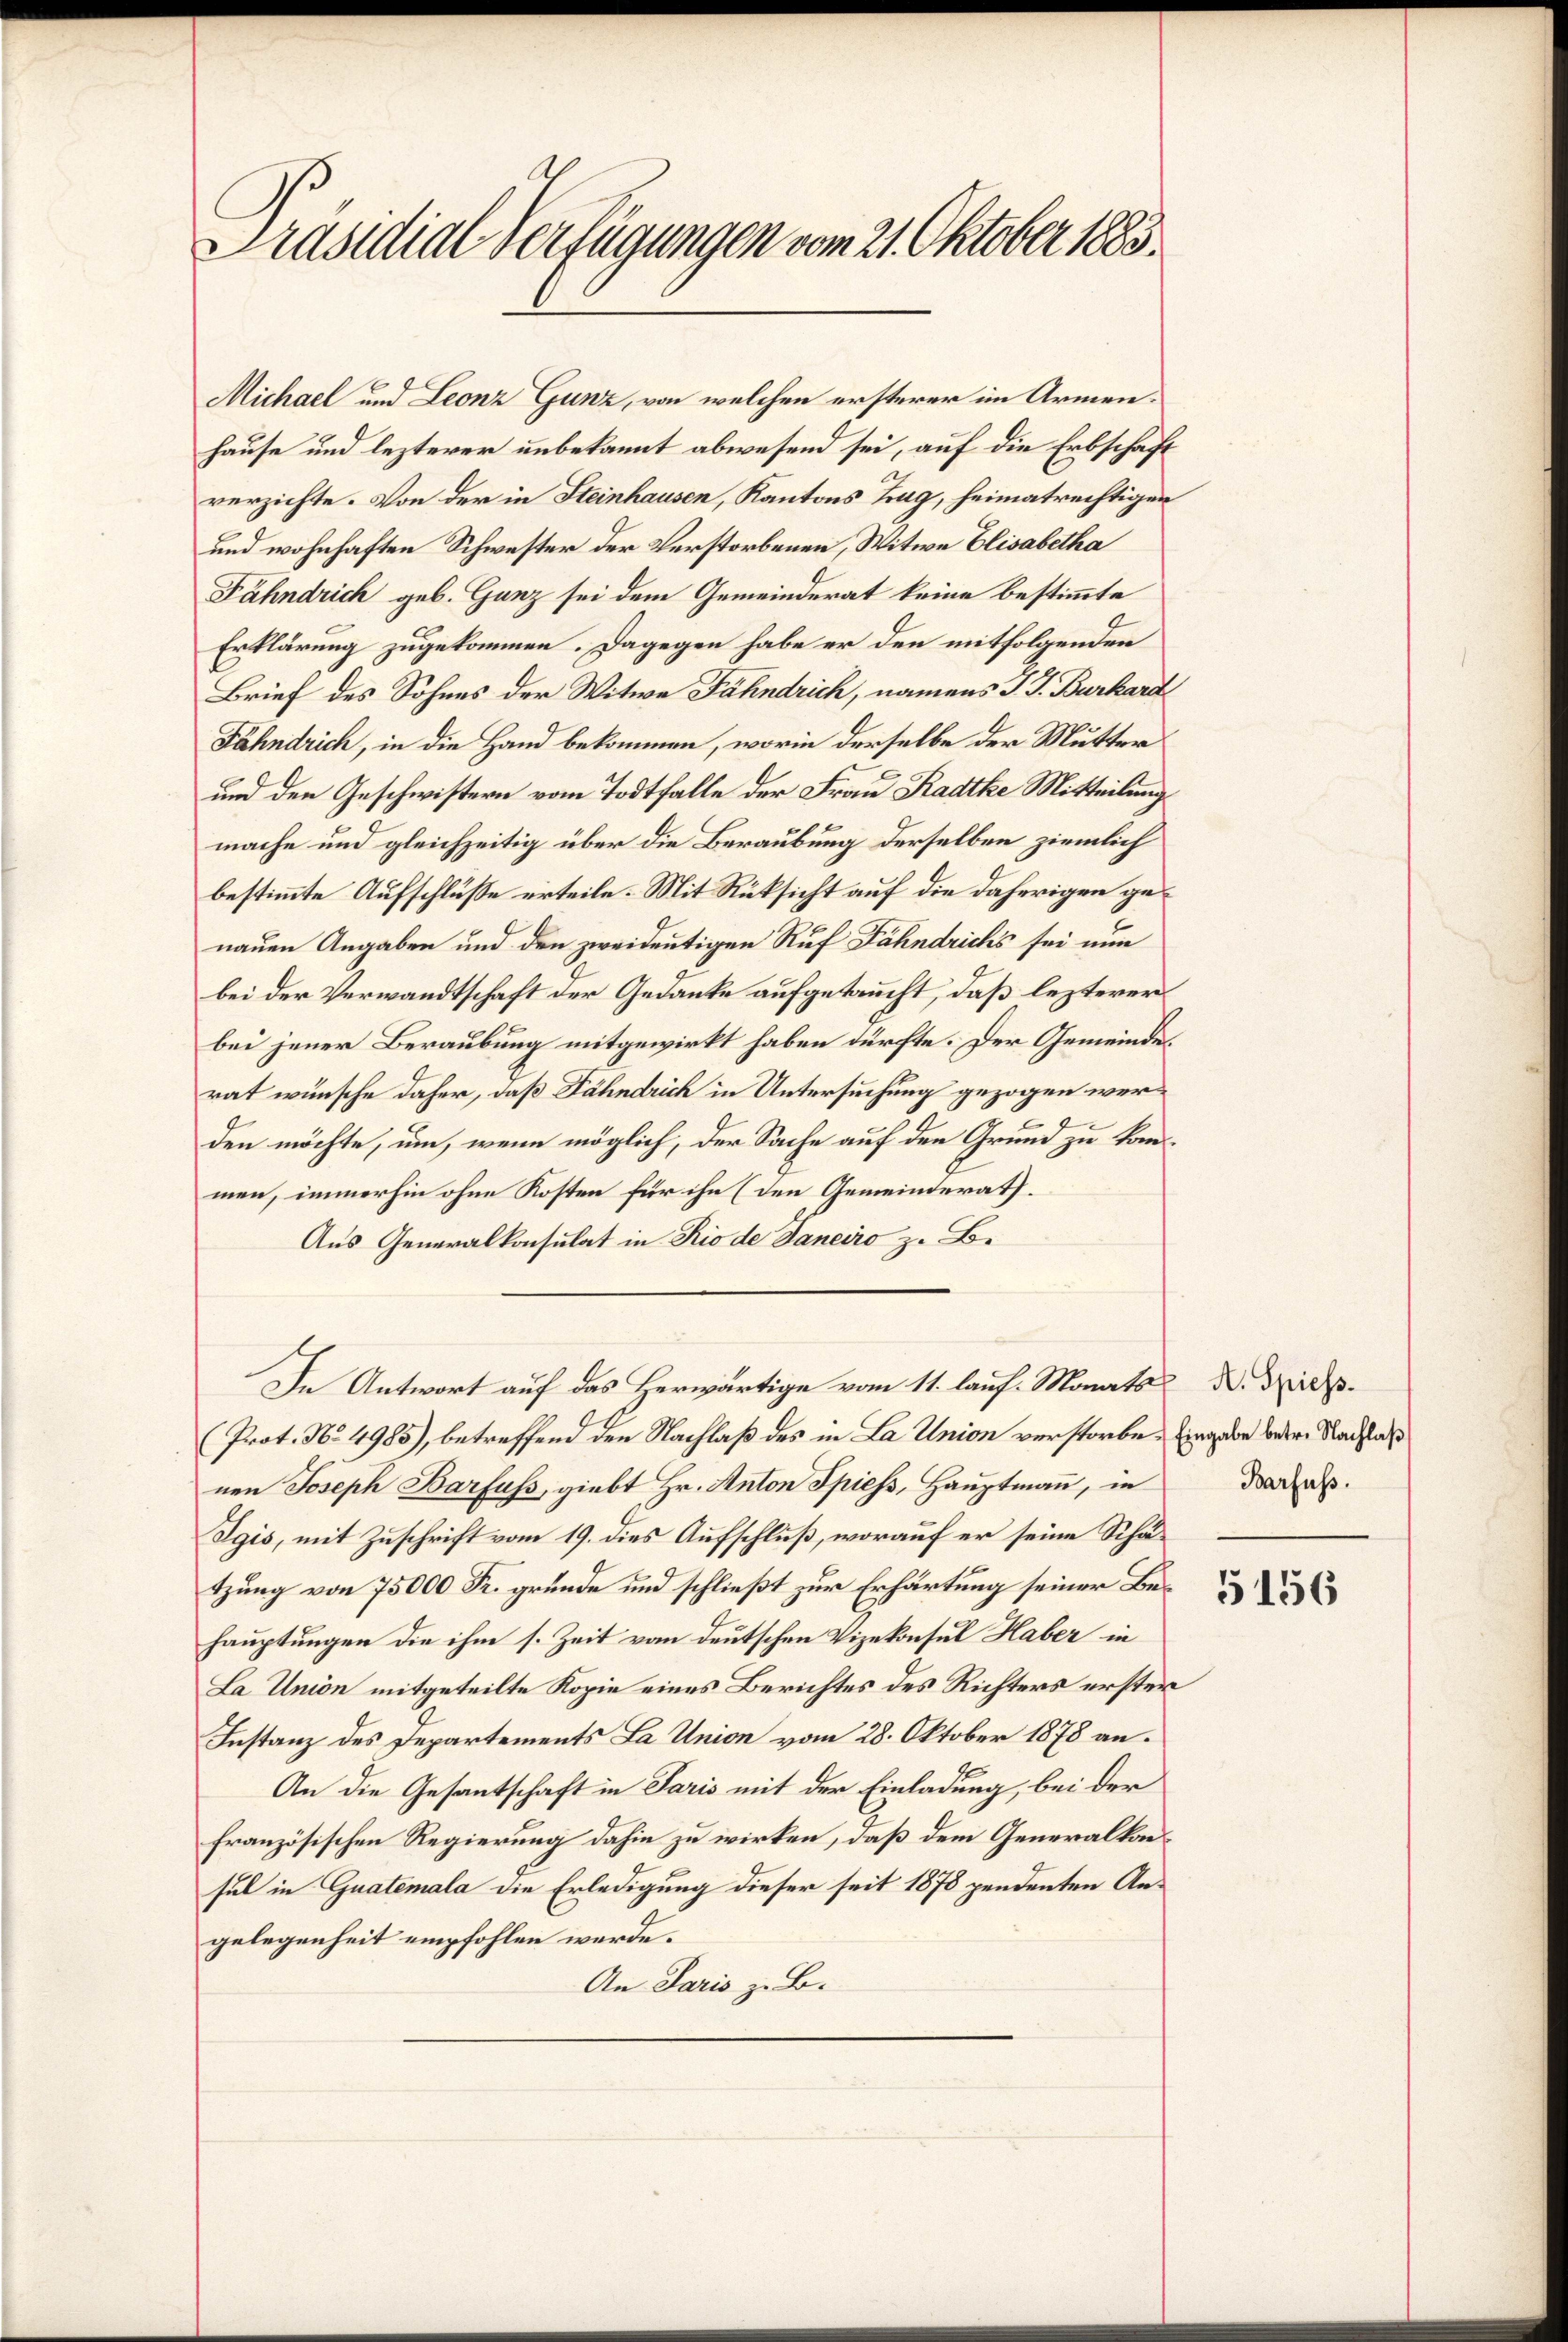
Präsidial-Verfügungen vom 21. Oktober 1883.

Michael und Leonz Gunz, von welchen ersterer im Armenhause und lezterer unbekannt abwesend sei, auf die Erbschaft
verzichte. Von der in Steinhausen, Kantons Zug, heimatrechtigen
und wohnhaften Schwester der Verstorbenen, Witwe Elisabetha
Fähndrich geb. Ganz sei dem Gemeinderat keine bestimmte
Erklärung zugekommen. Dagegen habe er den mitfolgenden
Brief des Sohnes der Witwe Fähndrich, namens J. J. Burkard
Fähndrich, in die Hand bekommen, worin derselbe der Mutter
und den Geschwistern vom Todtfalle der Frau Stadtke Mitteilungs
mache und gleichzeitig über die Beraubung derselben ziemlich
bestimmte Aufschlüße erteile. Mit Rüksicht auf die daherigen genauen Angaben und den zweideutigen Ruf Fahndrichs sei nun
bei der Verwandtschaft der Gedanke aufgetaucht, daß lezterer
bei jener Beraubung mitgewirkt haben dürfte. Der Gemeinderat wünsche daher, daß Fähndrich in Untersuchung gezogen werden möchte, um, wenn möglich, der Sache auf den Grund zu kommen, immerhin ohne Kosten für ihn (den Gemeinderath
Aus Generalkonsulat in Rio de Janeiro z. B.
In Antwort auf das Herwärtige vom 11. lauf Monats d. Nid¬
(Prot. No. 4985), betreffend den Nachlaß des in La Union verstorbe. Eingabe beden Nachla
nen Joseph Barfuss, giebt Hr. Anton Spiess, Hauptmann, in
Sgis, mit Zuschrift vom 19. dies Aufschluß, worauf er seine Schätzung von 75000 Fr. gründe und schließt zur Erhärtung seiner Behauptungen die ihm s. Zeit vom deutschen Vizekonsul Haber in
La Union mitgeteilte Kopie eines Berichtes des Richters erster
Instanz des Departements La Union vom 28. Oktober 1878 an.
An die Gesantschaft in Paris mit der Einladung, bei der
französischen Regierung dahin zu wirken, daß dem Generalkausul in Guatemala die Erledigung dieser seit 1878 pendenten Angelegenheit empfohlen werde.
An Paris z. B.

Barfuss.

5156